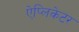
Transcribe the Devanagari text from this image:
ऐप्लिकेटर